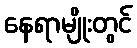
နေရာမျိုးတွင်